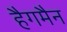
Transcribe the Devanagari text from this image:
हैगमैन